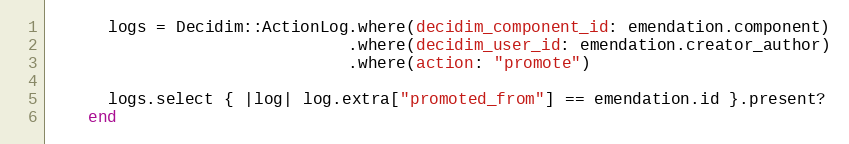
Language: Ruby
      logs = Decidim::ActionLog.where(decidim_component_id: emendation.component)
                               .where(decidim_user_id: emendation.creator_author)
                               .where(action: "promote")

      logs.select { |log| log.extra["promoted_from"] == emendation.id }.present?
    end